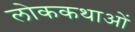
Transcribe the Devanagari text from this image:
लोककथाआें